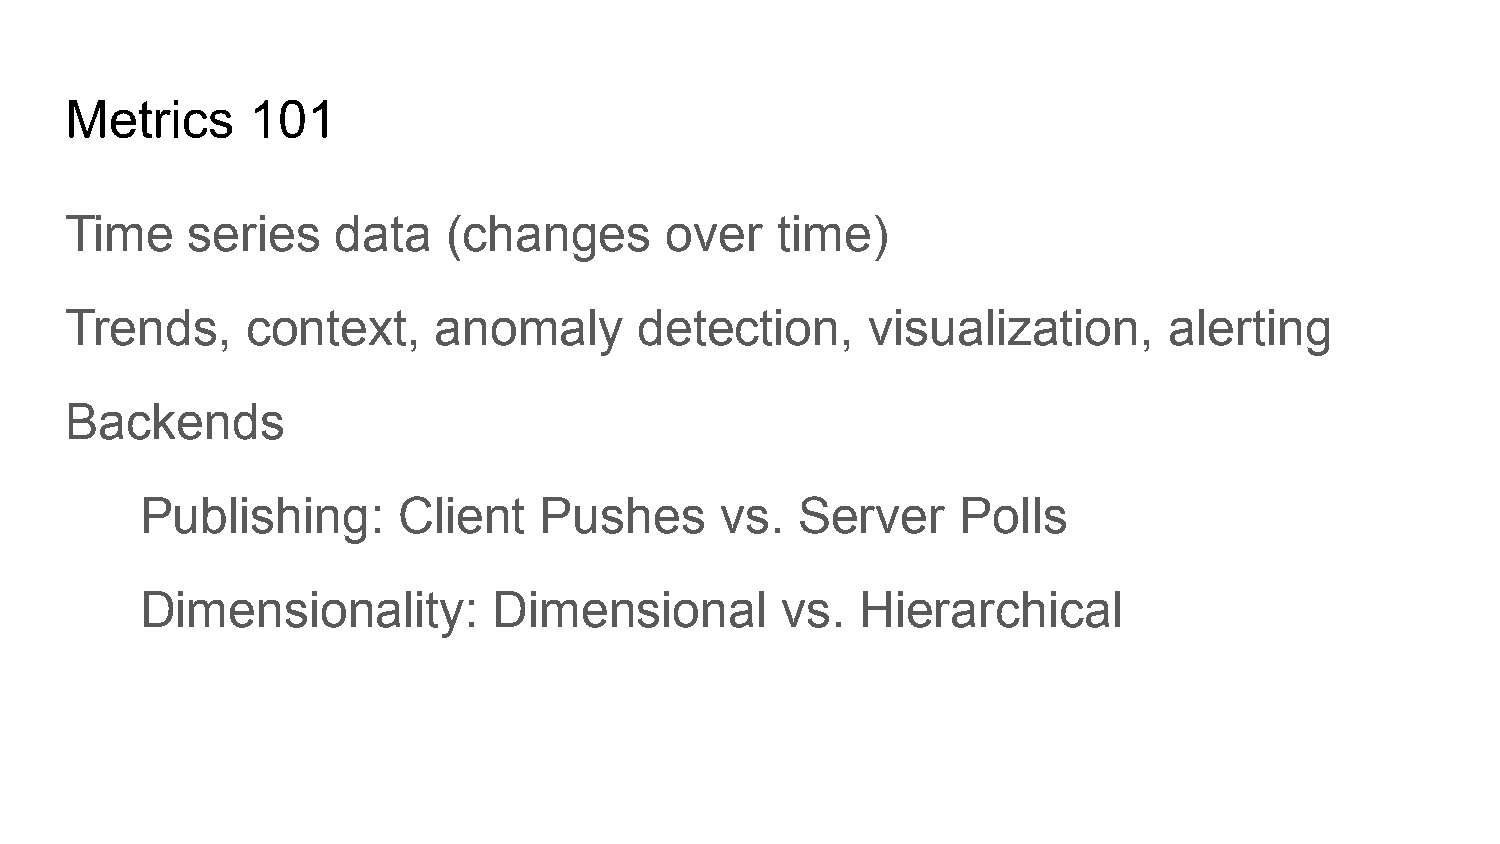
Metrics     101
 Time    series    data    (changes      over   time)
 Trends,     context,     anomaly      detection,      visualization,     alerting
 Backends
 Publishing:      Client    Pushes      vs.  Server     Polls
 Dimensionality:         Dimensional        vs.  Hierarchical